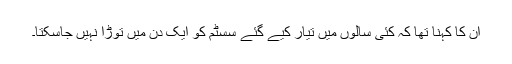
ان کا کہنا تھا کہ کئی سالوں میں تیار کیے گئے سسٹم کو ایک دن میں توڑا نہیں جاسکتا۔